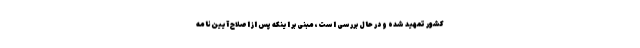
کشور تمهید شده و در حال بررسی است، مبنی بر اینکه پس از اصلاح آیین‌نامه